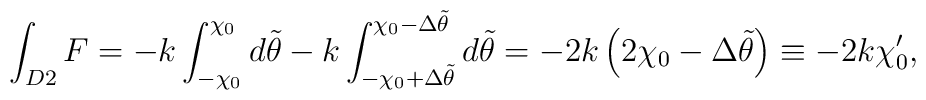
\int_{D2} F = -k \int_{-\chi_0}^{\chi_0} d\tilde{\theta} -k\int_{-\chi_0  +\Delta\tilde{\theta}}^{\chi_0 -\Delta\tilde{\theta}}d\tilde{\theta}  = -2k\left(   2\chi_0 -\Delta\tilde{\theta}\right) \equiv -2k\chi_0 ^\prime ,